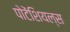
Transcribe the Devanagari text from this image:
पोटेंशियल्स